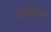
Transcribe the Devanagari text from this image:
प्रषंसक